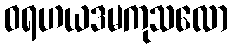
ဝရဟယဒမကုသလော